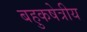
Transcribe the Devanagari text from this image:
बहुकषेत्रीय